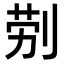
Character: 𭃪